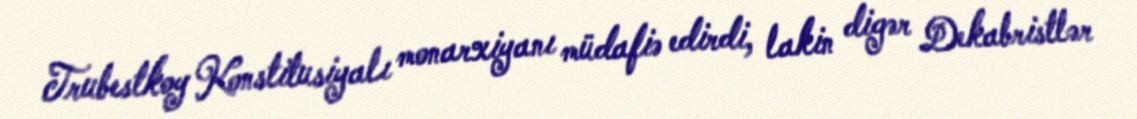
Trubestkoy Konstitusiyalı monarxiyanı müdafiə edirdi, lakin digər Dekabristlər